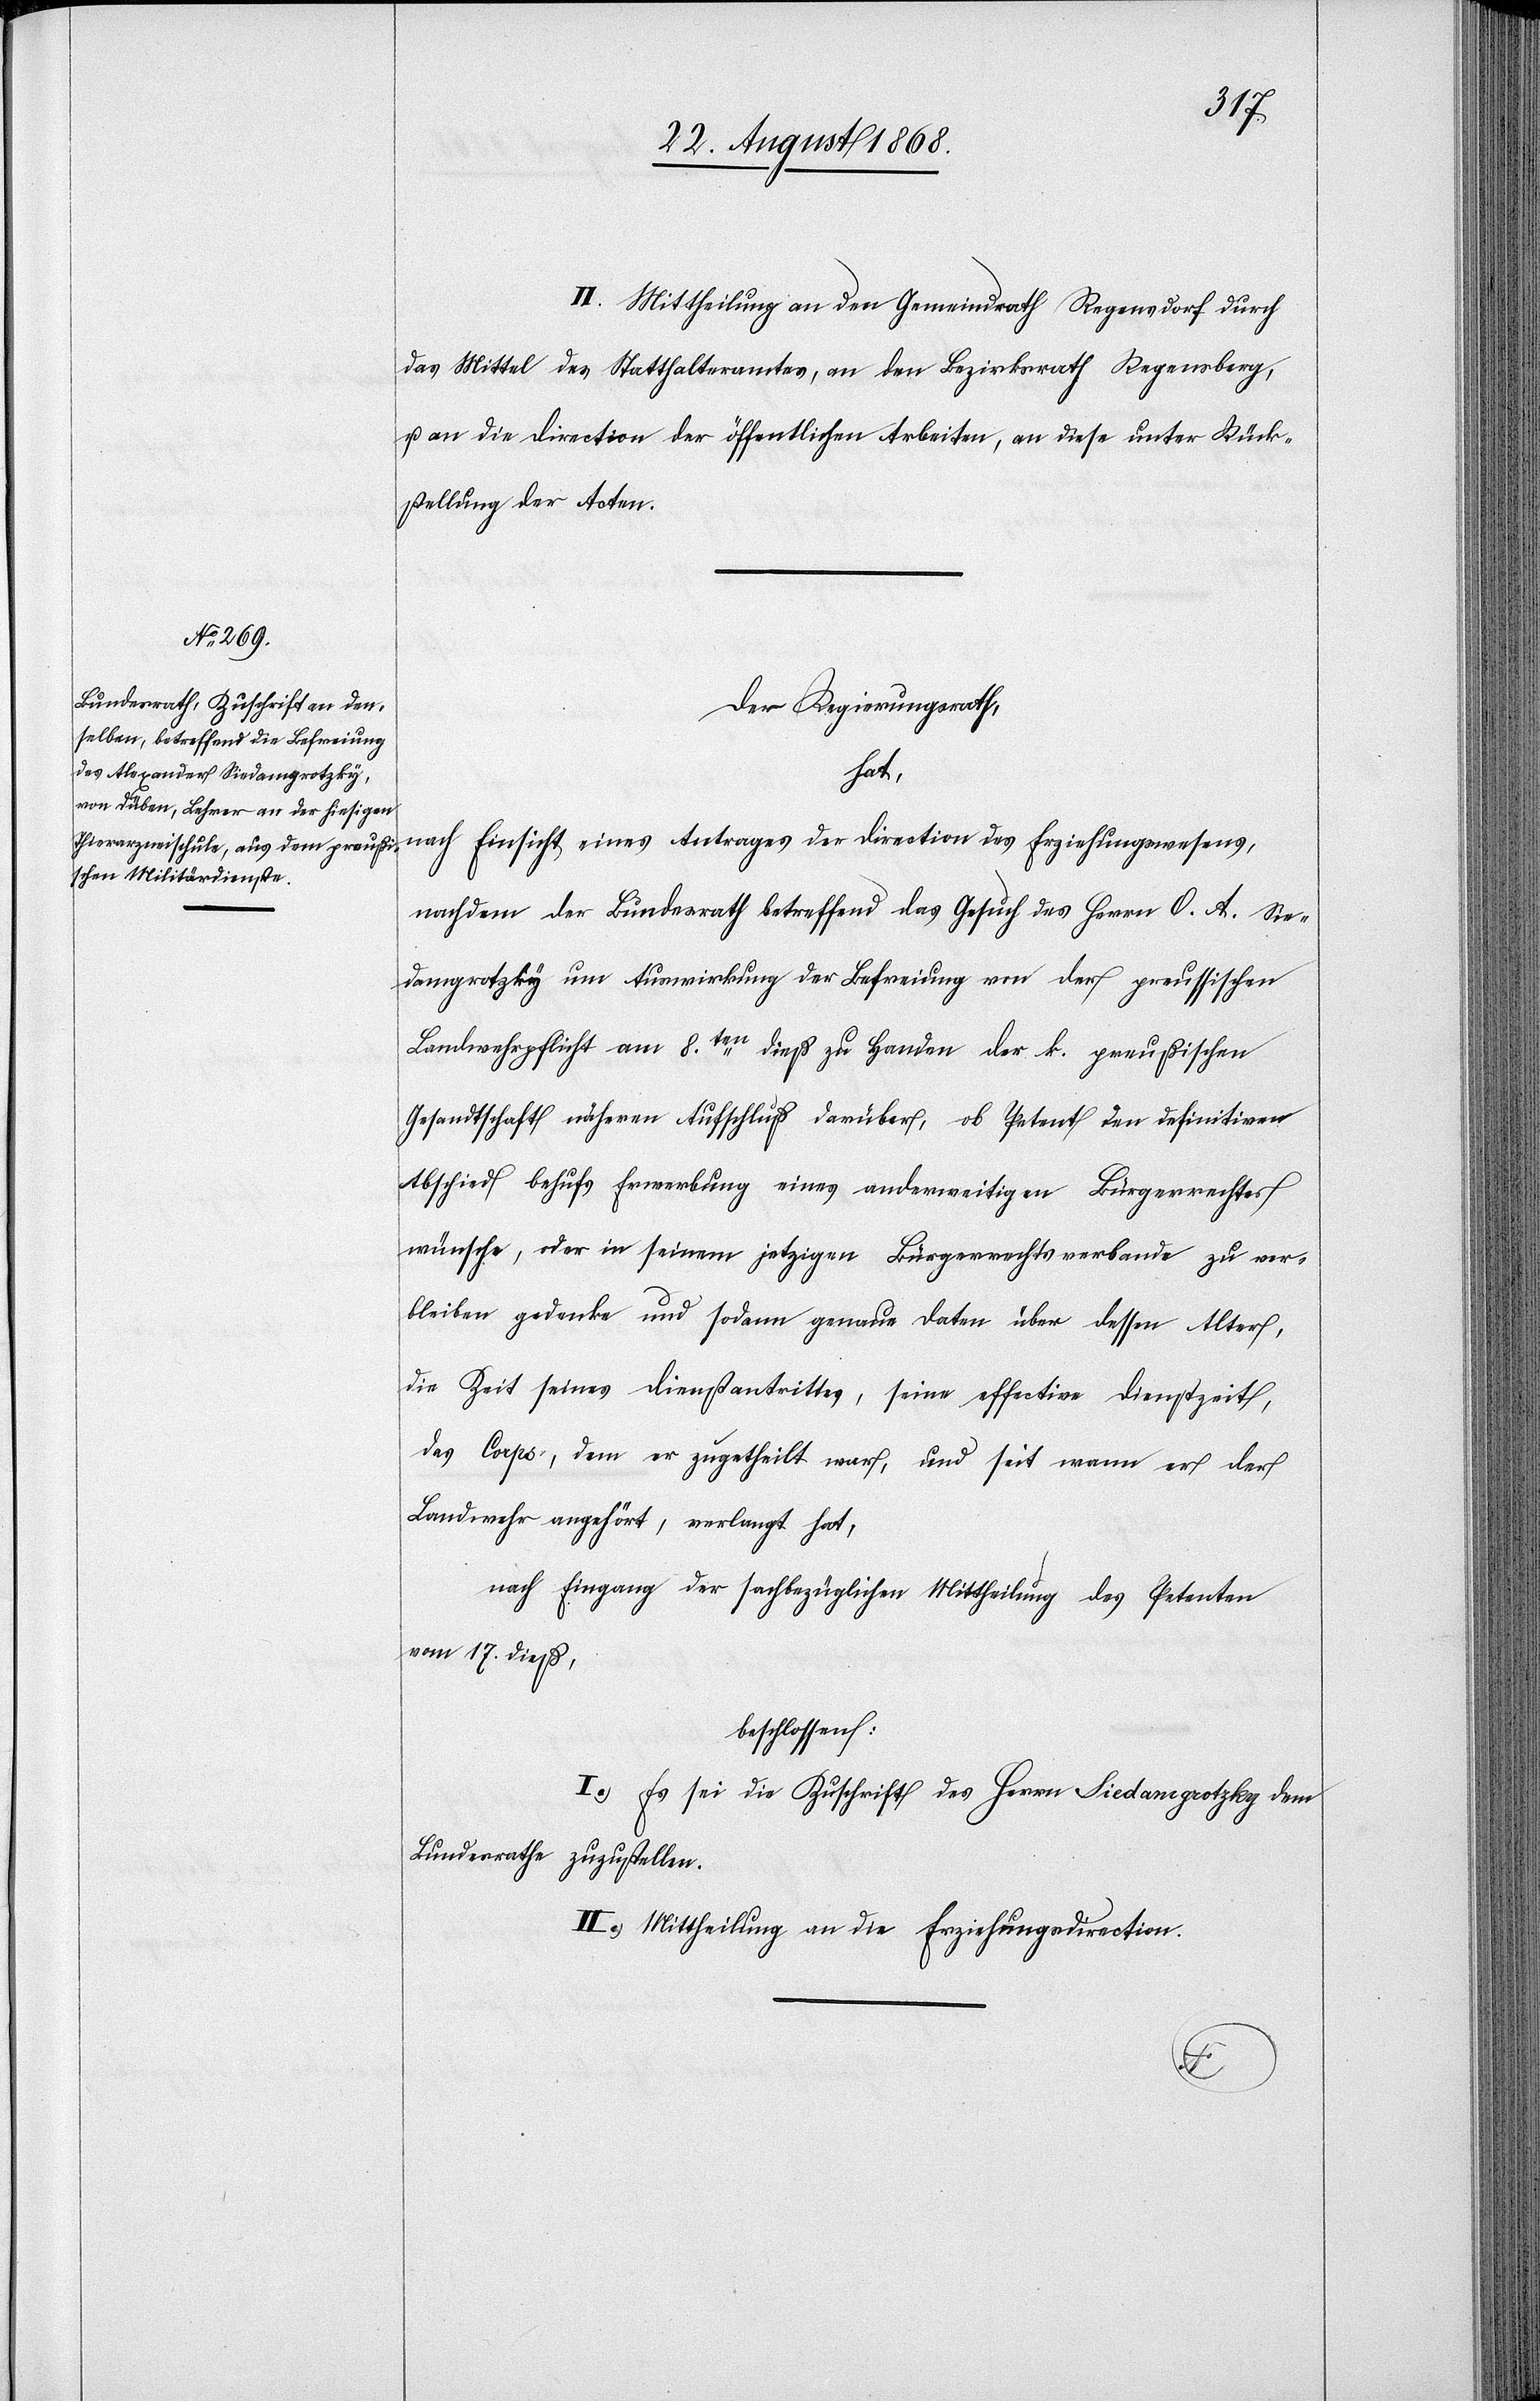
II. Mittheilung an den Gemeindrath Regensdorf durch
das Mittel des Statthalteramtes, an den Bezirksrath Regensberg,
u. an die Direction der öffentlichen Arbeiten, an diese unter Rück¬
stellung der Acten.
Der Regierungsrath,
hat,
nach Einsicht eines Antrages der Direction des Erziehungswesens,
nachdem der Bundesrath betreffend das Gesuch des Herrn O. A. Sie¬
damgrotzky um Auswirkung der Befreiung von der preussischen
Landwehrpflicht am 8ten. dieß zu Handen der k. preußischen
Gesandtschaft näheren Aufschluß darüber, ob Petent den definitiven
Abschied behufs Erwerbung eines anderweitigen Bürgerrechtes
wünsche, oder in seinem jetzigen Bürgerrechtsverbande zu ver¬
bleiben gedenke und sodann genaue Daten über dessen Alter,
die Zeit seines Dienstantrittes, seine effective Dienstzeit,
das Corps, dem er zugetheilt war, und seit wann er der
Landwehr angehört, verlangt hat,
nach Eingang der sachbezüglichen Mittheilung des Petenten
vom 17. dieß,
beschlossen:
I.) Es sei die Zuschrift des Herrn Siedamgrotzky dem
Bundesrathe zuzustellen.
II.) Mittheilung an die Erziehungsdirection.